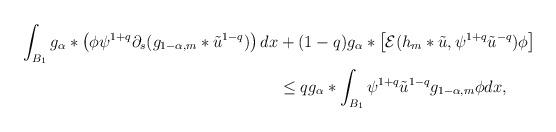
LaTeX: \begin{align*}\int_{B_{1}}g_{\alpha}*\left( \phi\psi^{1+q}\partial_{s}(g_{1-\alpha,m}*\tilde{u}^{1-q}) \right)dx& + (1-q)g_{\alpha}*\left[ \mathcal{E}(h_{m}*\tilde{u},\psi^{1+q}\tilde{u}^{-q}) \phi \right] \\& \leq q g_{\alpha}*\int_{B_{1}}\psi^{1+q}\tilde{u}^{1-q}g_{1-\alpha,m}\phi dx,\end{align*}